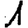
Digit: 1